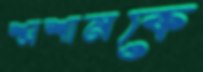
শ্মশানকে